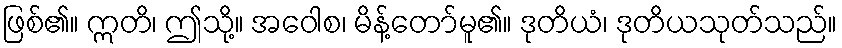
ဖြစ်၏။ ဣတိ၊ ဤသို့။ အဝေါစ၊ မိန့်တော်မူ၏။ ဒုတိယံ၊ ဒုတိယသုတ်သည်။